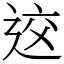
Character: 䢒